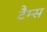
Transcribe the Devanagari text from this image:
टैम्स